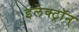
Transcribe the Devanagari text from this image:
इलेक्ट्रॉन्